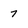
Character: 7